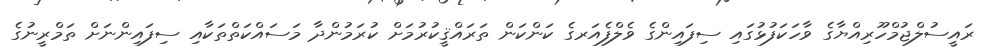
ރައީސުލްޖުމްހޫރިއްޔާގެ ވާހަކަފުޅުގައި ސިފައިންގެ ވެލްފެއަރގެ ކަންކަން ތަރައްޤީކުރުމަށް ކުރަމުންދާ މަސައްކަތްތަކާއި ސިފައިންނަށް ތަމްރީނުގެ